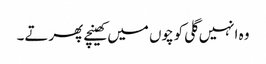
وہ انہیں گلی کوچوں میں کھینچے پھرتے۔